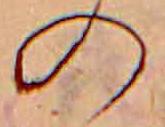
の